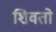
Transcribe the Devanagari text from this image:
शिवतो